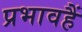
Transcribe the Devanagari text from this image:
प्रभावहैं